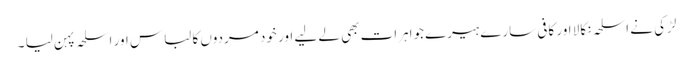
لڑکی نے اسلحہ نکالا اور کافی سارے ہیرے جواہرات بھی لے لیے اور خود مردوں کا لباس اور اسلحہ پہن لیا ۔